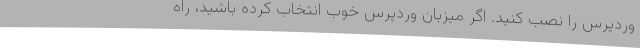
وردپرس را نصب کنید. اگر میزبان وردپرس خوب انتخاب کرده باشید، راه